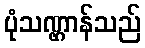
ပုံသဏ္ဌာန်သည်